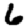
Digit: 6